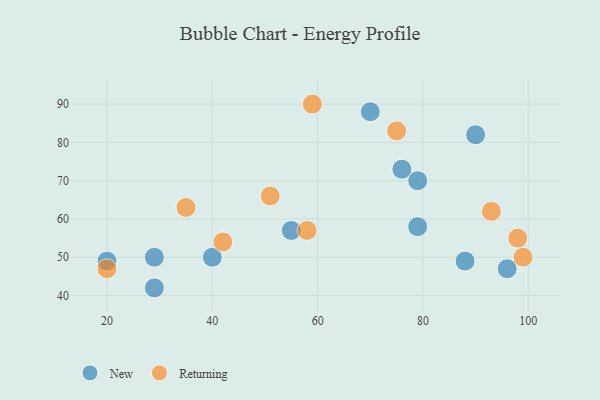
{"axis": {"x": "GDP", "y": "Life Expectancy"}, "legend": ["New", "Returning"], "data": [{"x": "96", "y": 47, "type": "New"}, {"x": "79", "y": 70, "type": "New"}, {"x": "70", "y": 88, "type": "New"}, {"x": "40", "y": 50, "type": "New"}, {"x": "79", "y": 58, "type": "New"}, {"x": "90", "y": 82, "type": "New"}, {"x": "88", "y": 49, "type": "New"}, {"x": "29", "y": 50, "type": "New"}, {"x": "29", "y": 42, "type": "New"}, {"x": "55", "y": 57, "type": "New"}, {"x": "20", "y": 49, "type": "New"}, {"x": "76", "y": 73, "type": "New"}, {"x": "98", "y": 55, "type": "Returning"}, {"x": "58", "y": 57, "type": "Returning"}, {"x": "75", "y": 83, "type": "Returning"}, {"x": "59", "y": 90, "type": "Returning"}, {"x": "20", "y": 47, "type": "Returning"}, {"x": "42", "y": 54, "type": "Returning"}, {"x": "51", "y": 66, "type": "Returning"}, {"x": "35", "y": 63, "type": "Returning"}, {"x": "99", "y": 50, "type": "Returning"}, {"x": "93", "y": 62, "type": "Returning"}]}